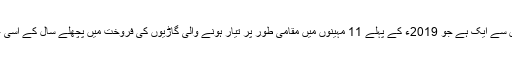
ٹویوٹا انڈس ملک میں کام کرنے والے بڑے جاپانی اداروں میں سے ایک ہے جو 2019ء کے پہلے 11 مہینوں میں مقامی طور پر تیار ہونے والی گاڑیوں کی فروخت میں پچھلے سال کے اسی عرصے کے مقابلے میں 25.94 فیصد کی کمی کا شکار رہا۔